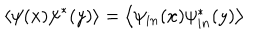
LaTeX: \left\langle \psi ( x ) \psi ^ { \ast } ( y ) \right\rangle = \left\langle \psi _ { i n } ( x ) \psi _ { i n } ^ { \ast } ( y ) \right\rangle